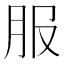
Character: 服